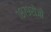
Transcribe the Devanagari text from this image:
१८७९रोजी